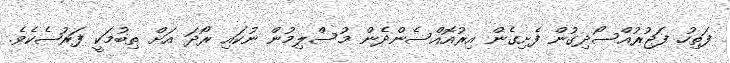
ފަތިހު ފަޖުރުއްސޯދިގުން ފެށިގެން އިރުއޮއްސެންދެން މުސްލިމުން ނުކައި ރޯދަ އަށް ތިބުމަކީ ފަރުޟެކެވެ.